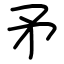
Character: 矛